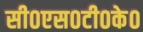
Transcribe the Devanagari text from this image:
सी०एस०टी०के०